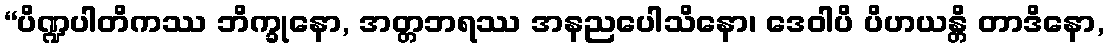
“ပိဏ္ဍပါတိကဿ ဘိက္ခုနော, အတ္တဘရဿ အနညပေါသိနော၊ ဒေဝါပိ ပိဟယန္တိ တာဒိနော,